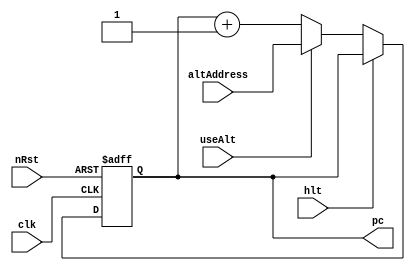
module IF(
  clk, 
  hlt,
  nRst,
  altAddress, 
  useAlt, 
  pc
);

  input clk, hlt, useAlt, nRst;
  input [15:0] altAddress;
  output reg [15:0] pc;

  wire [15:0] nextPc;
  
  assign nextPc = (useAlt == 1'b1) ? altAddress : pc + 1;
  
  always @(posedge clk, negedge nRst) begin
    if(nRst == 1'b0)
			pc <= 0;
		else begin
			if(hlt) pc <= pc;
			else pc <= nextPc;
		end
  end
  
endmodule